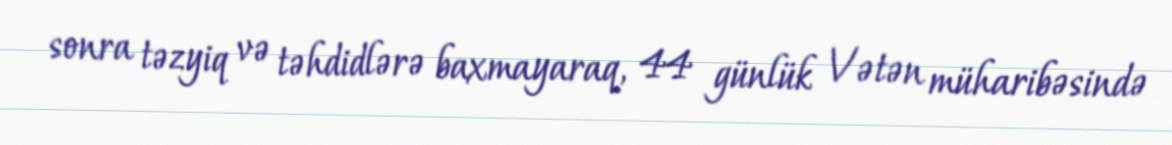
sonra təzyiq və təhdidlərə baxmayaraq, 44 günlük Vətən müharibəsində